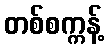
တစ်စက္ကန့်